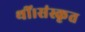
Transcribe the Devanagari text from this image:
थीं।संस्कृत